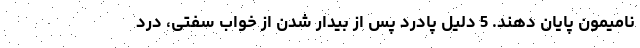
نامیمون پایان دهند. 5 دلیل پادرد پس از بیدار شدن از خواب سفتی، درد